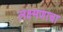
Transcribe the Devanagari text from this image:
लक्ष्मणाचा